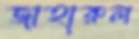
জাহারুল